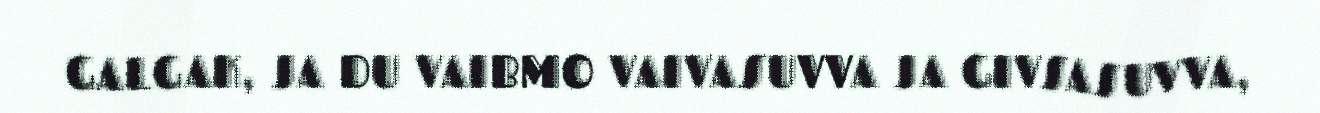
GALGAK, JA DU VAIBMO VAIVASUVVA JA GIVSASUVVA,